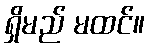
ရှိမည် မထင်။